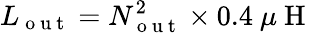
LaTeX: L_{\mathrm{~o~u~t~}}=N_{\mathrm{~o~u~t~}}^{2}\times 0.4~\mu\mathrm{~H~}